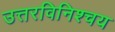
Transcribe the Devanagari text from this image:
उत्तरविनिश्चय